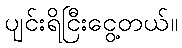
ပျင်းရိငြီးငွေ့တယ်။